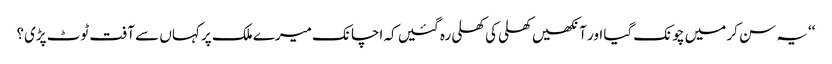
‘‘یہ سن کر میں چونک گیا اور آنکھیں کھلی کی کھلی رہ گئیں کہ اچانک میرے ملک پر کہاں سے آفت ٹوٹ پڑی؟